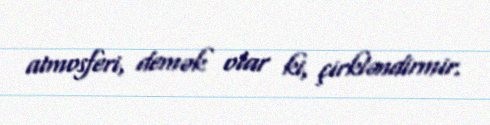
atmosferi, demək olar ki, çirkləndirmir.